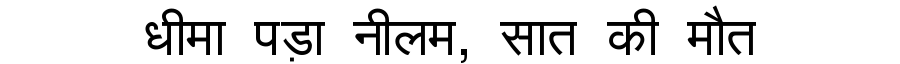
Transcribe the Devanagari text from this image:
धीमा पड़ा नीलम, सात की मौत